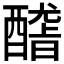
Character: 𨢳